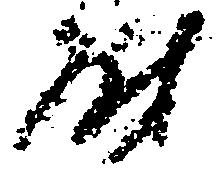
尉